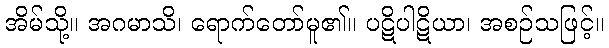
အိမ်သို့။ အဂမာသိ၊ ရောက်တော်မူ၏။ ပဋိပါဋိယာ၊ အစဉ်သဖြင့်။